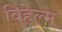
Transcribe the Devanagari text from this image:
विहेल्म